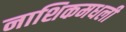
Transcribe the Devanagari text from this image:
नाशिकमधली